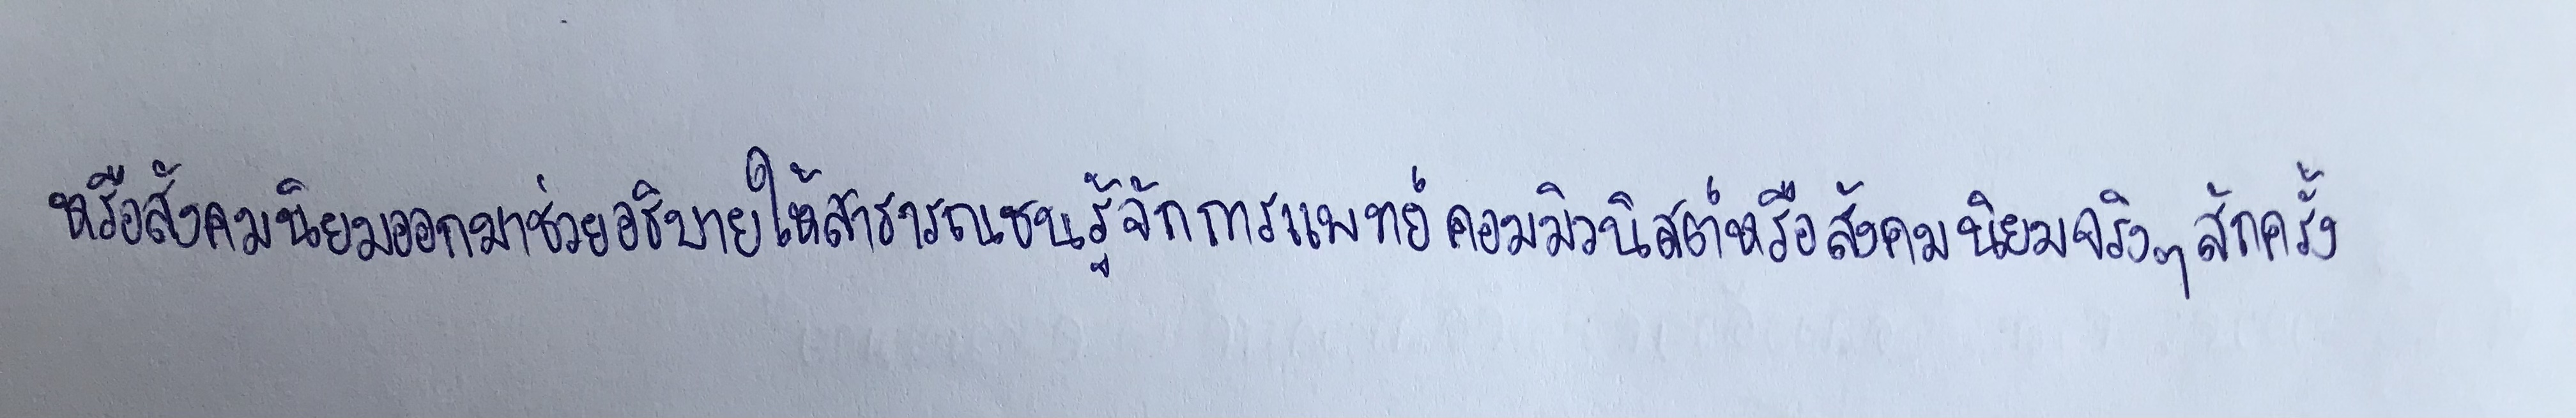
หรือสังคมนิยมออกมาช่วยอธิบายให้สาธารณชนรู้จักการแพทย์คอมมิวนิสต์หรือสังคมนิยมจริงๆสักครั้ง